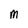
Character: m